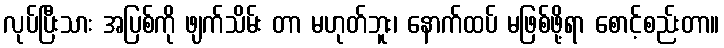
လုပ်ပြီးသား အပြစ်ကို ဖျက်သိမ်း တာ မဟုတ်ဘူး၊ နောက်ထပ် မဖြစ်ဖို့ရာ စောင့်စည်းတာ။